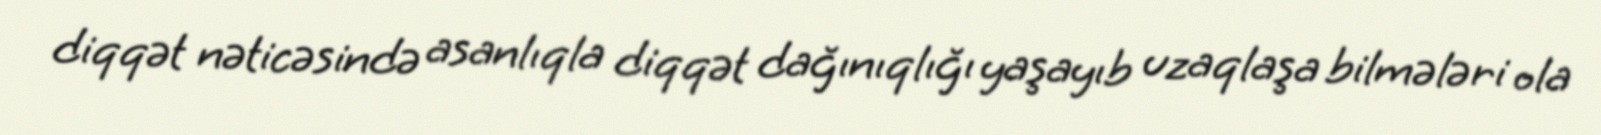
diqqət nəticəsində asanlıqla diqqət dağınıqlığı yaşayıb uzaqlaşa bilmələri ola